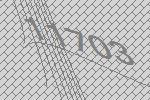
11703